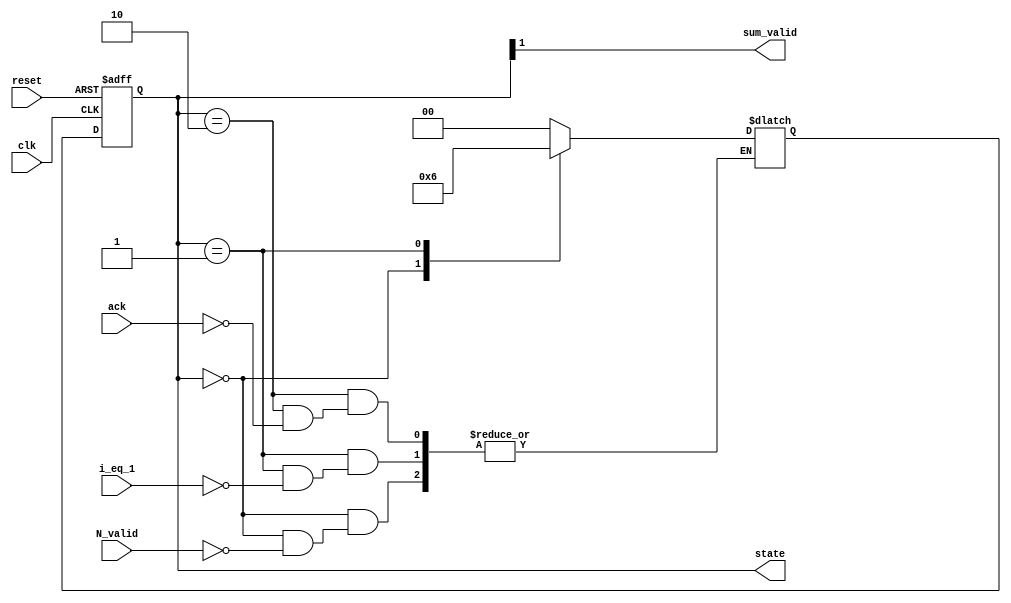
module controlpath(input N_valid, reset, ack, clk, i_eq_1, 
                   output [1:0] state, 
                   output sum_valid);

  // local parameters (states)
  localparam idle = 2'b00;
  localparam busy = 2'b01;
  localparam done = 2'b10;

  // state register
  reg [1:0] state = 2'b0;
  // Next state reg
  reg [1:0] next_state;
  // Next state combinational logic
  always @(*)
    begin
      case (state)
        idle:
          if (N_valid)
            next_state = busy;
        busy:
          if(i_eq_1)
            next_state = done ;
        done:
          if (ack)
            next_state = idle;
        default:
            next_state = idle;
      endcase
    end
  //State Register (Sequential logic)
  always @(posedge clk or posedge reset)
    begin
      if (reset)
        state <= idle;
      else
        state <= next_state;
    end
  //Qualifier signal 
  assign sum_valid = (state[1]);
endmodule